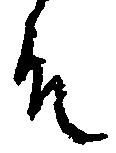
殿